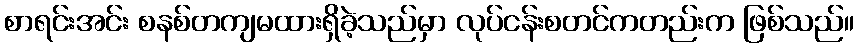
စာရင်းအင်း စနစ်တကျမထားရှိခဲ့သည်မှာ လုပ်ငန်းစတင်ကတည်းက ဖြစ်သည်။